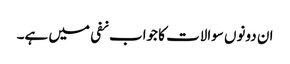
ان دونوں سوالات کا جواب نفی میں ہے۔